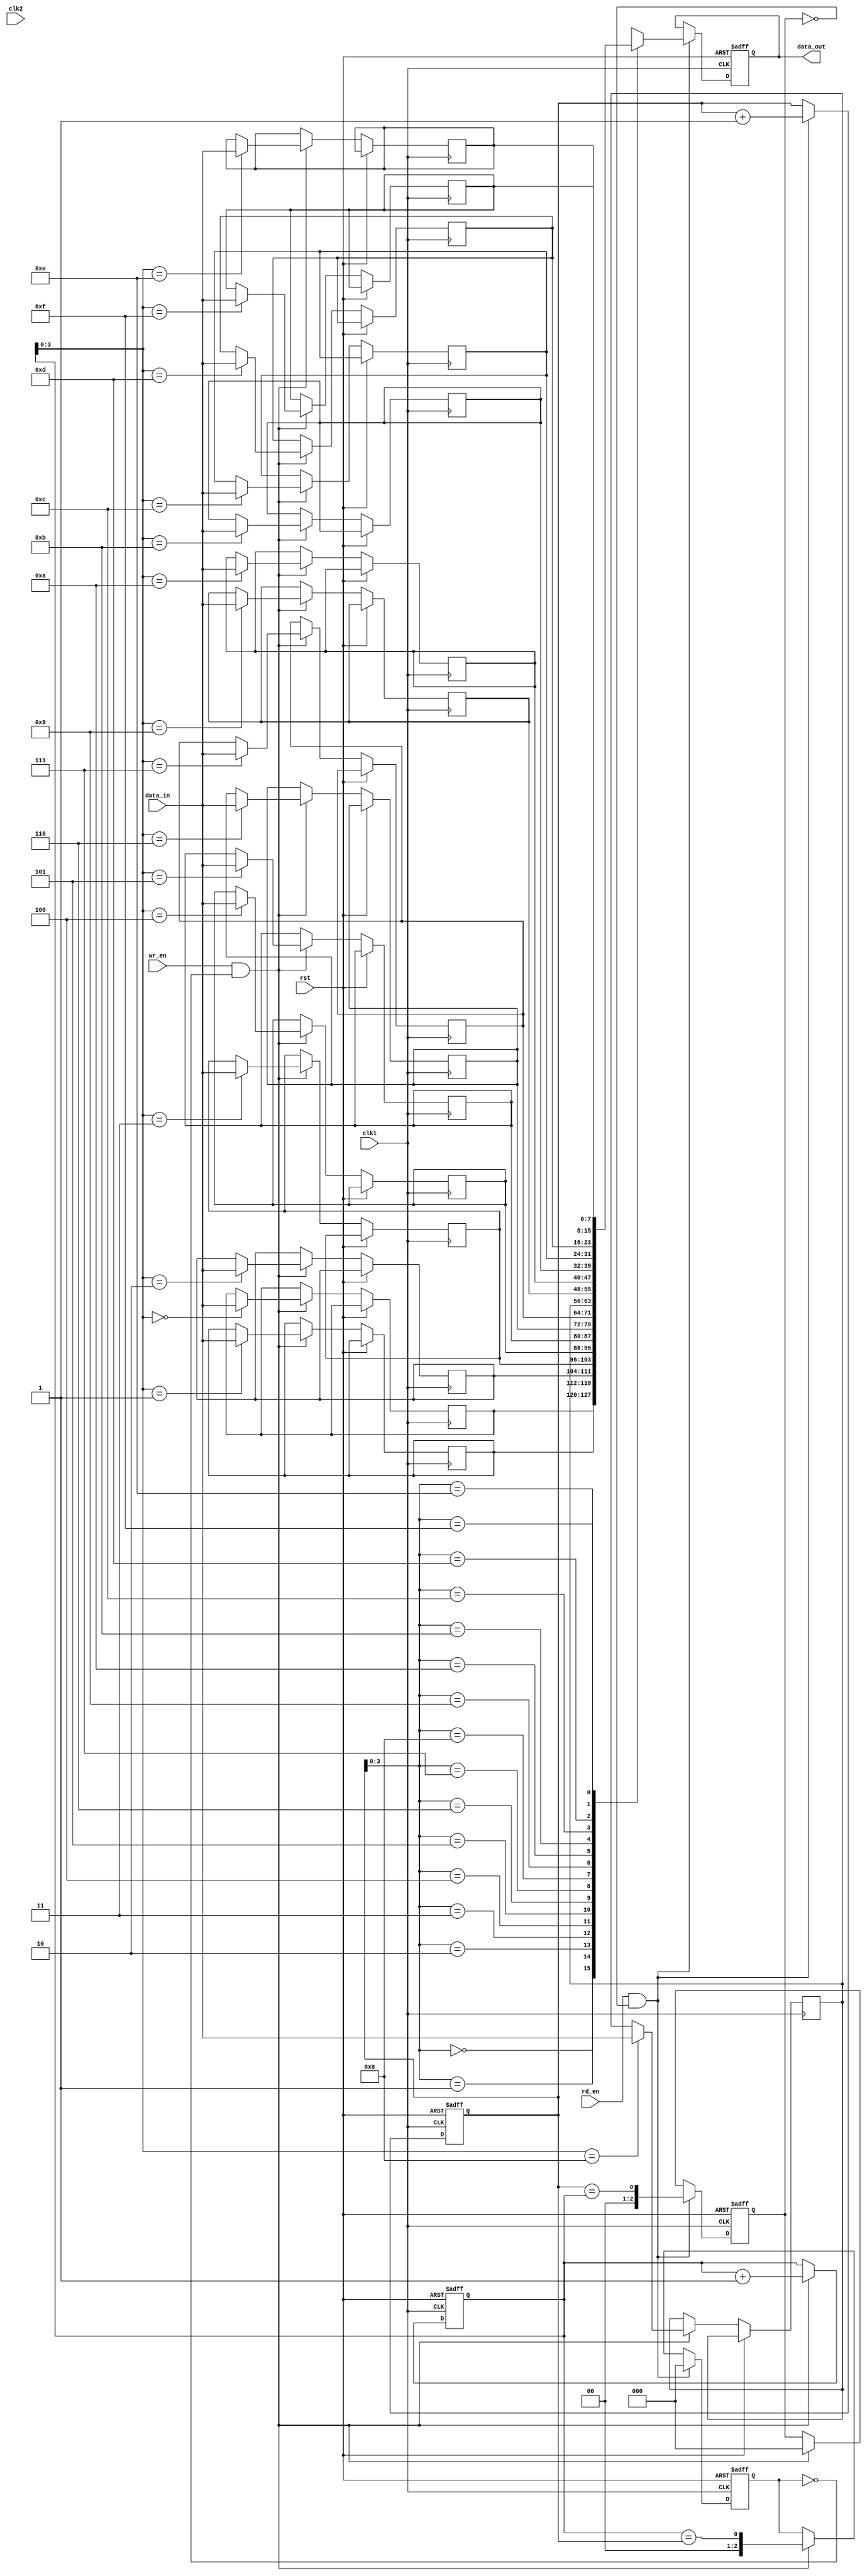
module Last_Word_Fall_Through_FIFO (
    input wire clk1,
    input wire clk2,
    input wire rst,
    input wire [DATA_WIDTH-1:0] data_in,
    output reg [DATA_WIDTH-1:0] data_out,
    input wire wr_en,
    input wire rd_en
);

parameter DATA_WIDTH = 8;
parameter DEPTH = 16;

reg [DATA_WIDTH-1:0] fifo [0:DEPTH-1];
reg [DEPTH-1:0] wr_ptr, rd_ptr;
reg [2:0] full, empty;

always @ (posedge clk1 or posedge rst) begin
    if (rst) begin
        wr_ptr <= 0;
        rd_ptr <= 0;
        full <= 0;
        empty <= 1;
        data_out <= 0;
    end else begin
        if (wr_en && ~full) begin
            fifo[wr_ptr] <= data_in;
            wr_ptr <= wr_ptr + 1;
            full <= (wr_ptr == rd_ptr);
            empty <= 0;
        end
        if (rd_en && ~empty) begin
            data_out <= fifo[rd_ptr];
            rd_ptr <= rd_ptr + 1;
            empty <= (rd_ptr == wr_ptr);
            full <= 0;
        end
    end
end

endmodule